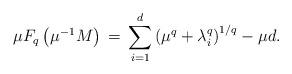
LaTeX: \begin{align*}\mu F_q\left(\mu^{-1}M\right)\,=\,\sum_{i=1}^d\left(\mu^q+ \lambda_i^q\right)^{1/q} - \mu d.\end{align*}